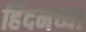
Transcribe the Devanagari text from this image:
हिंदनच्या